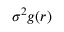
\sigma ^ { 2 } g ( r )